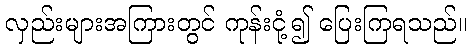
လှည်းများအကြားတွင် ကုန်းငုံ့၍ ပြေးကြရသည်။